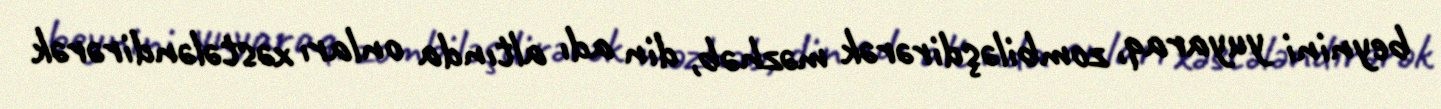
beynini yuyaraq, zombiləşdirərək məzhəb, din adı altında onları xəstələndirərək